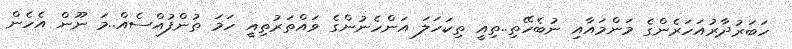
ހަބަރުދާރުއަހަރެންގެ މަންމައާއި ނުބެހޭތި..ތިއީ ތިކަހަލަ އަންހެނުންގެ ވައްތަރުތިއީ ހަމަ ތުންފުއްސެއް..މަ ނޫން އެހެން